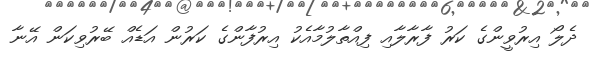
ދެލޯ އިރުވީންގެ ކަރު ފާރާލާއި ފިއްތާލުމާއެކު އިރުފާންގެ ކަރުން އަޑެއް ބޭރުވިކަން އޭނާ